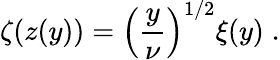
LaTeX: \zeta\! \left(z(y)\right)=\left(\frac{y}{\nu}\right)^{1/2}\xi(y)\; .